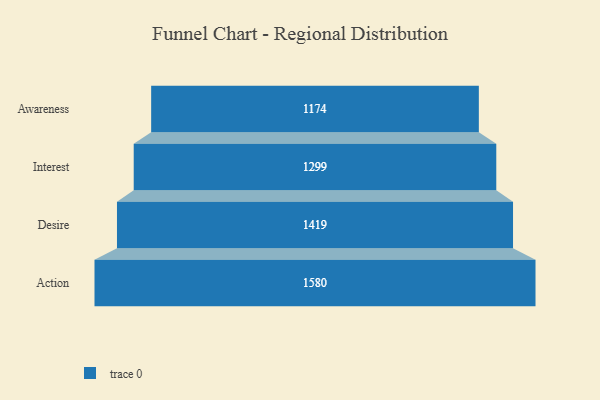
{"axis": {"x": "Stage", "y": "Value"}, "legend": [""], "data": [{"x": "Awareness", "y": 1174.0, "type": ""}, {"x": "Interest", "y": 1299.0, "type": ""}, {"x": "Desire", "y": 1419.0, "type": ""}, {"x": "Action", "y": 1580.0, "type": ""}]}